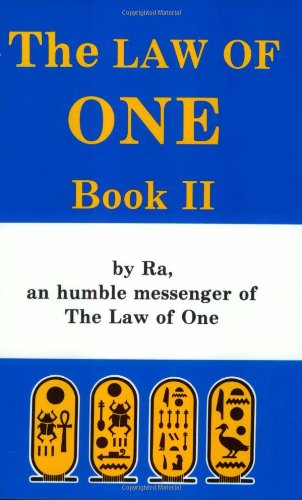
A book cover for The Law of One, Book 2; Ra; Religion & Spirituality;